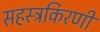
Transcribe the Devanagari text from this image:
सहस्त्रकिरणी